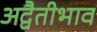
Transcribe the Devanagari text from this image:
अद्वैतीभाव